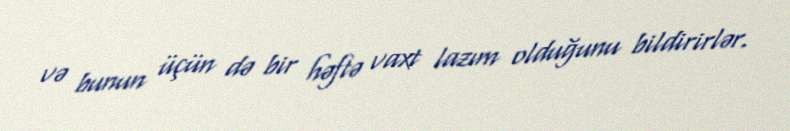
və bunun üçün də bir həftə vaxt lazım olduğunu bildirirlər.